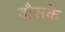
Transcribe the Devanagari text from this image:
वौसके